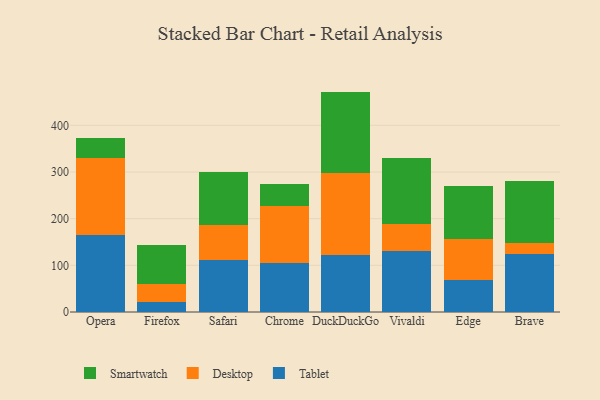
{"axis": {"x": "Browser", "y": "Market Share (%)"}, "legend": ["Desktop", "Smartwatch", "Tablet"], "data": [{"x": "Opera", "y": 165.0, "type": "Tablet"}, {"x": "Opera", "y": 165.1, "type": "Desktop"}, {"x": "Opera", "y": 42.0, "type": "Smartwatch"}, {"x": "Firefox", "y": 20.7, "type": "Tablet"}, {"x": "Firefox", "y": 39.9, "type": "Desktop"}, {"x": "Firefox", "y": 82.3, "type": "Smartwatch"}, {"x": "Safari", "y": 110.6, "type": "Tablet"}, {"x": "Safari", "y": 75.2, "type": "Desktop"}, {"x": "Safari", "y": 115.1, "type": "Smartwatch"}, {"x": "Chrome", "y": 104.3, "type": "Tablet"}, {"x": "Chrome", "y": 122.4, "type": "Desktop"}, {"x": "Chrome", "y": 47.6, "type": "Smartwatch"}, {"x": "DuckDuckGo", "y": 122.8, "type": "Tablet"}, {"x": "DuckDuckGo", "y": 174.3, "type": "Desktop"}, {"x": "DuckDuckGo", "y": 175.2, "type": "Smartwatch"}, {"x": "Vivaldi", "y": 130.6, "type": "Tablet"}, {"x": "Vivaldi", "y": 58.6, "type": "Desktop"}, {"x": "Vivaldi", "y": 140.3, "type": "Smartwatch"}, {"x": "Edge", "y": 68.4, "type": "Tablet"}, {"x": "Edge", "y": 88.0, "type": "Desktop"}, {"x": "Edge", "y": 113.3, "type": "Smartwatch"}, {"x": "Brave", "y": 125.3, "type": "Tablet"}, {"x": "Brave", "y": 23.3, "type": "Desktop"}, {"x": "Brave", "y": 132.3, "type": "Smartwatch"}]}